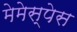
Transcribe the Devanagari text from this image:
मेमेस्पेस